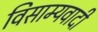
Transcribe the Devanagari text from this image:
विसाम्यवादी